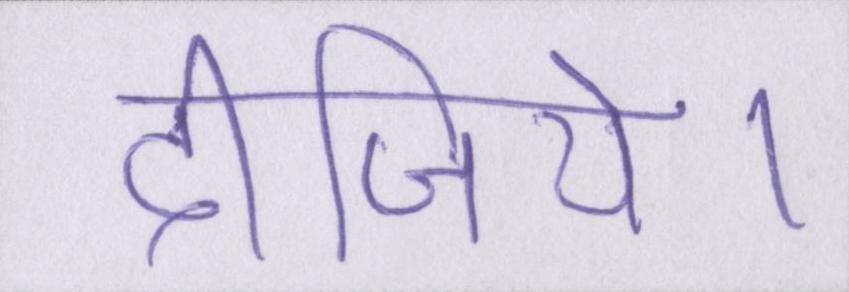
दीजिये।